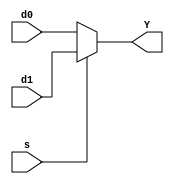

module Mux2(input wire d0, d1, s, output wire Y);

  assign Y = s ? d1 : d0;

endmodule

module Mux4(input wire d0, d1, d2, d3, s0, s1, output wire Y1);

  wire c1, c2;

  Mux2 bus1(d0, d1, s0, c1);
  Mux2 bus2(d2, d3, s0, c2);
  Mux2 bus3(c1, c2, s1, Y1);

endmodule

module Mux8(input wire d0, d1, d2, d3, d4, d5, d6, d7, s0, s1, s2, output wire Y2);

  wire c3, c4;

  Mux4 bus4(d0, d1, d2, d3, s0, s1, c3);
  Mux4 bus5(d4, d5, d6, d7, s0, s1, c4);
  Mux2 bus6(c3, c4, s2, Y2);

endmodule

module m8t1(input wire A, B, C, output wire Y);

  wire G, V;

  assign G = 0;
  assign V = 1;

  Mux8 u1(G, V, V, G, V, G, G, V, A, B, C, Y);

endmodule

module m4t1(input wire A, B, C, output wire Y);

  wire f0, f1;

  assign f0 = C;
  assign f1 = ~C;

  Mux4 u2(f0, f1, f1, f0, A, B, Y);

endmodule

module m2t1(input wire A, B, C, output wire Y);

  wire f0, f1;

  assign f0 =  (B^C);
  assign f1 = ~(B^C);

  Mux2 u3(f0, f1, A, Y);

endmodule

module m8t2(input wire A, B, C, output wire Y);

  wire G, V;

  assign G = 0;
  assign V = 1;

  Mux8 u4(V, V, G, G, V, V, V, G, A, B, C, Y);

endmodule

module m4t2(input wire A, B, C, output wire Y);

  wire G, V, f0;

  assign G = 0;
  assign V = 1;
  assign f0 = ~C;

  Mux4 u5(V, G, V, f0, A, B, Y);

endmodule

module m2t2(input wire A, B, C, output wire Y);

  wire f0, f1;

  assign f0 = ~B;
  assign f1 = ~(B & C);

  Mux2 u6(f0, f1, A, Y);

endmodule